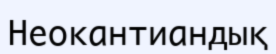
Неокантиандық